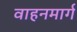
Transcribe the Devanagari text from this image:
वाहनमार्ग